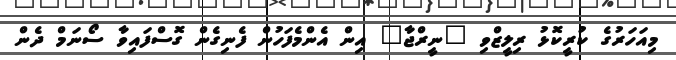
މިއަހަރުގެ ކުރީކޮޅު ރިލީޒްވި "ނީރްޖާ" އިން އެންމެފަހުން ފެނިގެން ގޮސްފައިވާ ސޯނަމް ދެން